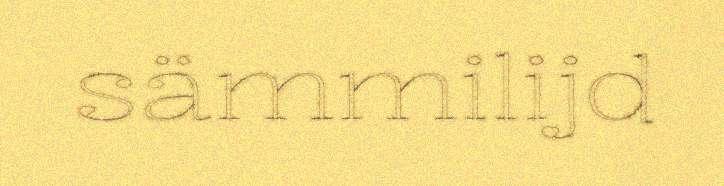
sämmilijd